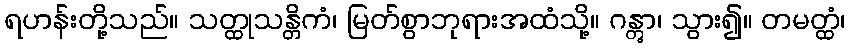
ရဟန်းတို့သည်။ သတ္ထုသန္တိကံ၊ မြတ်စွာဘုရားအထံသို့။ ဂန္တွာ၊ သွား၍။ တမတ္ထံ၊